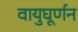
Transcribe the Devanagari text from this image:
वायुघूर्णन